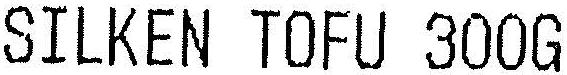
SILKEN TOFU 300G